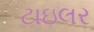
ટાઇલર